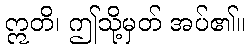
ဣတိ၊ ဤသို့မှတ် အပ်၏။